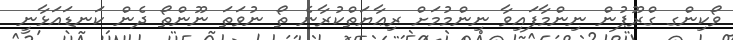
ވޯކިންގ ގްރޫޕުން ނިންމާފައިވާ ނިންމުމަށް ރިޢާޔަތްކުރާނެ ތޯ ނުވަތަ ނޫންތޯ ދެން ކަނޑައަޅާނީ